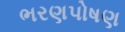
ભરણપોષણ